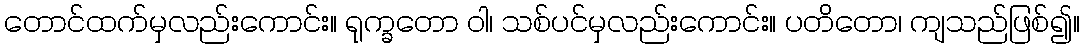
တောင်ထက်မှလည်းကောင်း။ ရုက္ခတော ဝါ၊ သစ်ပင်မှလည်းကောင်း။ ပတိတော၊ ကျသည်ဖြစ်၍။